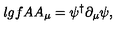
\l { g f A } A _ { \mu } = \psi ^ { \dagger } \partial _ { \mu } \psi ,